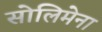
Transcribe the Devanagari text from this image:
सोलिमेना